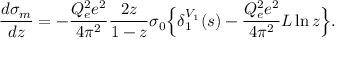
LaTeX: { \frac { d \sigma _ { m } } { d z } } = - { \frac { Q _ { e } ^ { 2 } e ^ { 2 } } { 4 \pi ^ { 2 } } } { \frac { 2 z } { 1 - z } } \sigma _ { 0 } \Big \{ \delta _ { 1 } ^ { V _ { 1 } } ( s ) - { \frac { Q _ { e } ^ { 2 } e ^ { 2 } } { 4 \pi ^ { 2 } } } L \ln z \Big \} .